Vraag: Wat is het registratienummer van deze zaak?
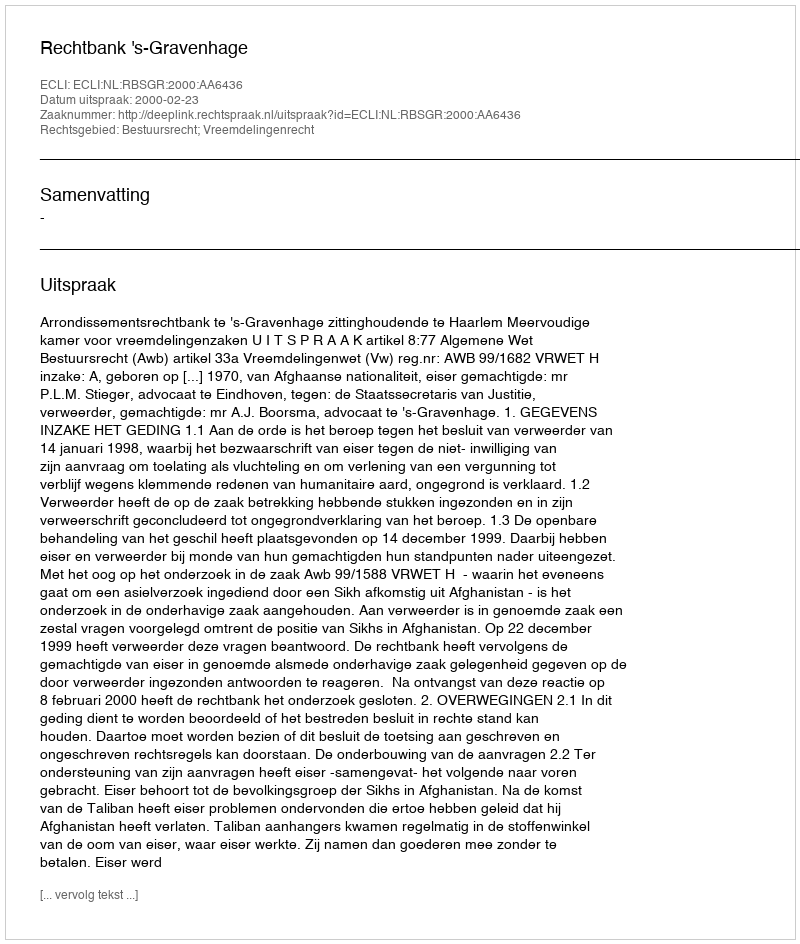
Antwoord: http://deeplink.rechtspraak.nl/uitspraak?id=ECLI:NL:RBSGR:2000:AA6436